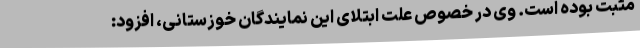
مثبت بوده است. وی در خصوص علت ابتلای این نمایندگان خوزستانی، افزود: